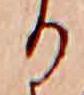
る